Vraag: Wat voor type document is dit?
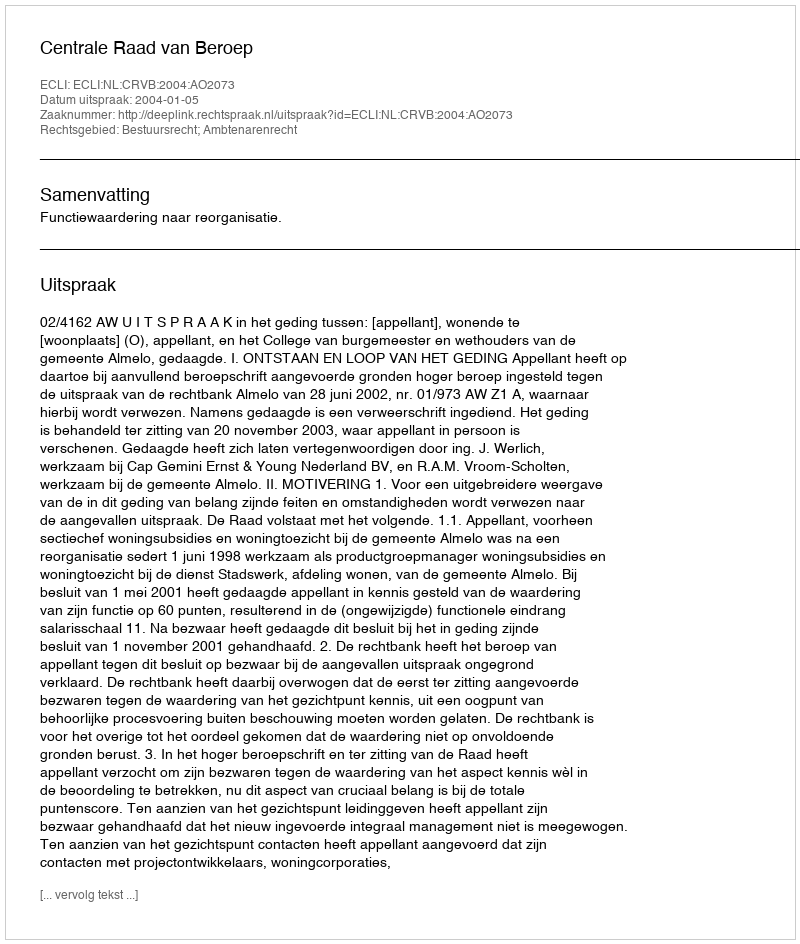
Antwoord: Uitspraak